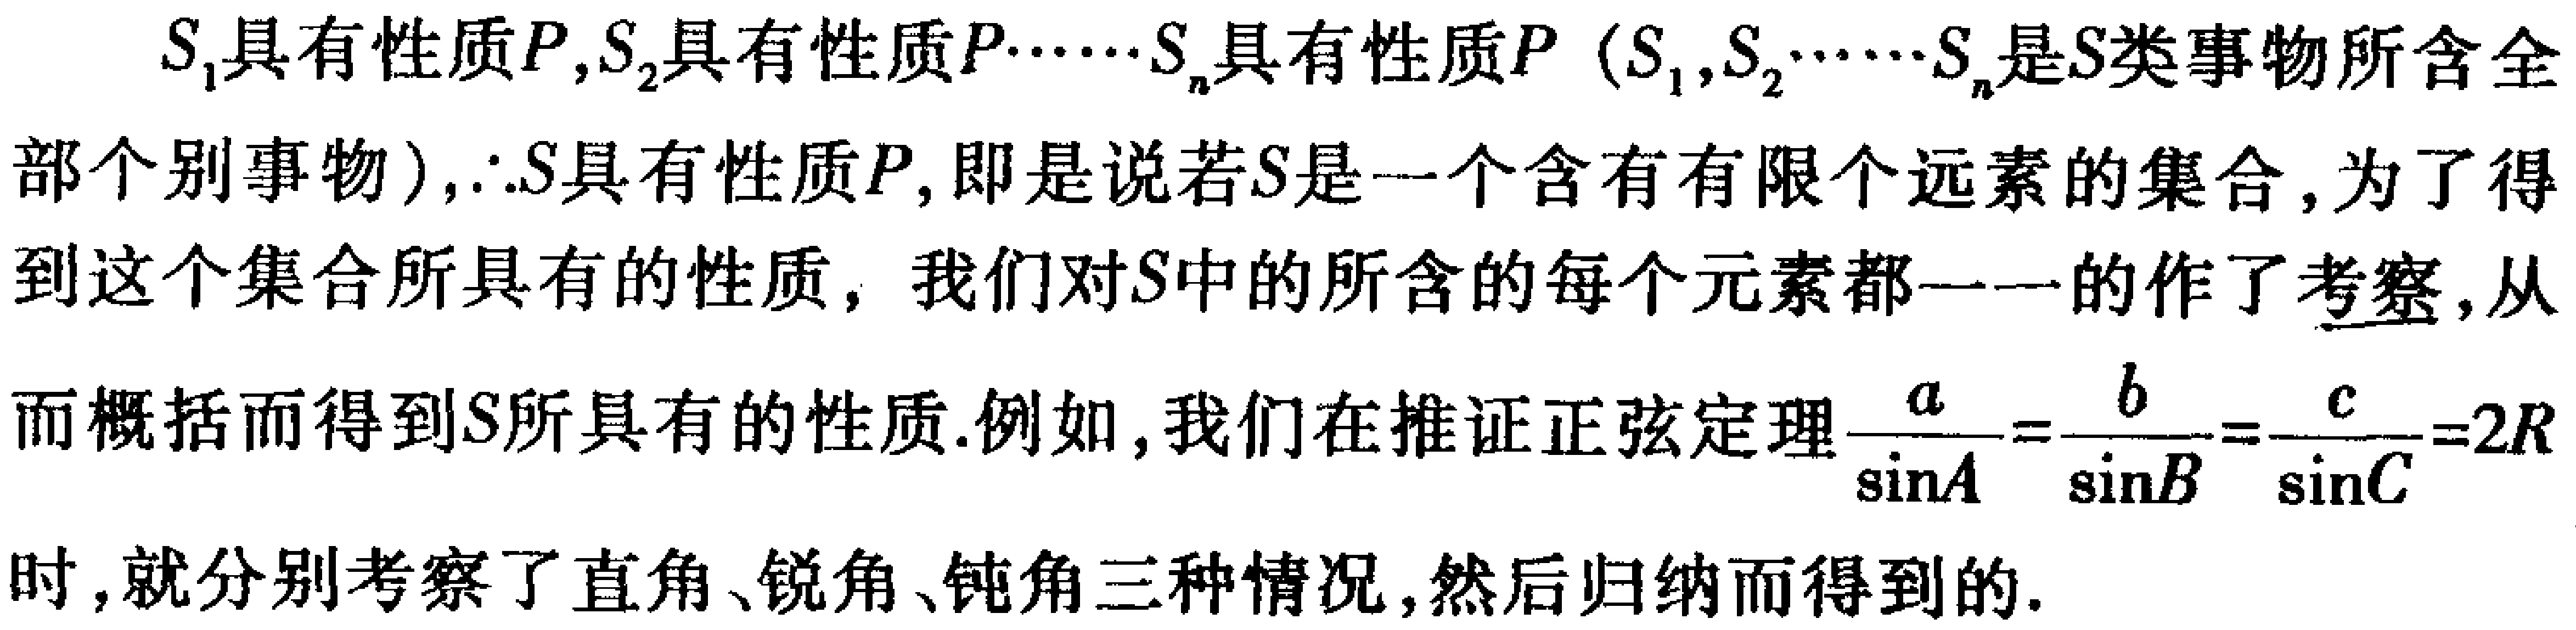
$S_1具有性质P,S_2具有性质P\cdots\cdots S_n具有性质P（S_1,S_2\cdots\cdots S_n是S类事物所含全部个别事物）,\therefore S具有性质P,即是说若S是一个含有有限个远素的集合,为了得到这个集合所具有的性质，我们对S中的所含的每个元素都一一的作了考察,从而概括而得到S所具有的性质.例如,我们在推证正弦定理\frac{a}{\sin A}=\frac{b}{\sin B}=\frac{c}{\sin C}=2R时,就分别考察了直角、锐角、钝角三种情况,然后归纳而得到的.$